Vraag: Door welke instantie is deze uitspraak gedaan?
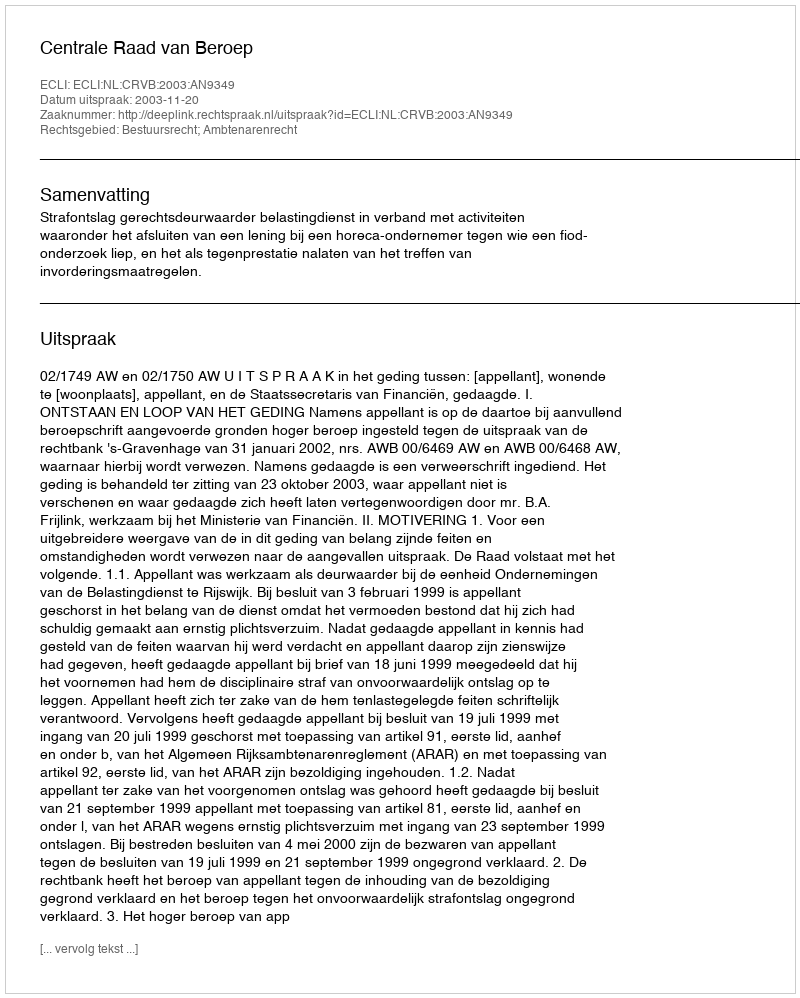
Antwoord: Centrale Raad van Beroep